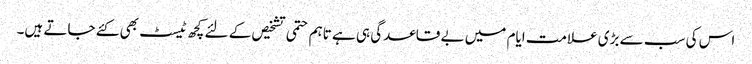
اس کی سب سے بڑی علامت ایام میں بے قاعدگی ہی ہے تاہم حتمی تشخیص کے لئے کچھ ٹیسٹ بھی کئے جاتے ہیں۔